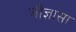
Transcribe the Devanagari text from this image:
जीज्ञासा